Vaccination report Assam 1896-1927 - 1896-1927
Year: 1896
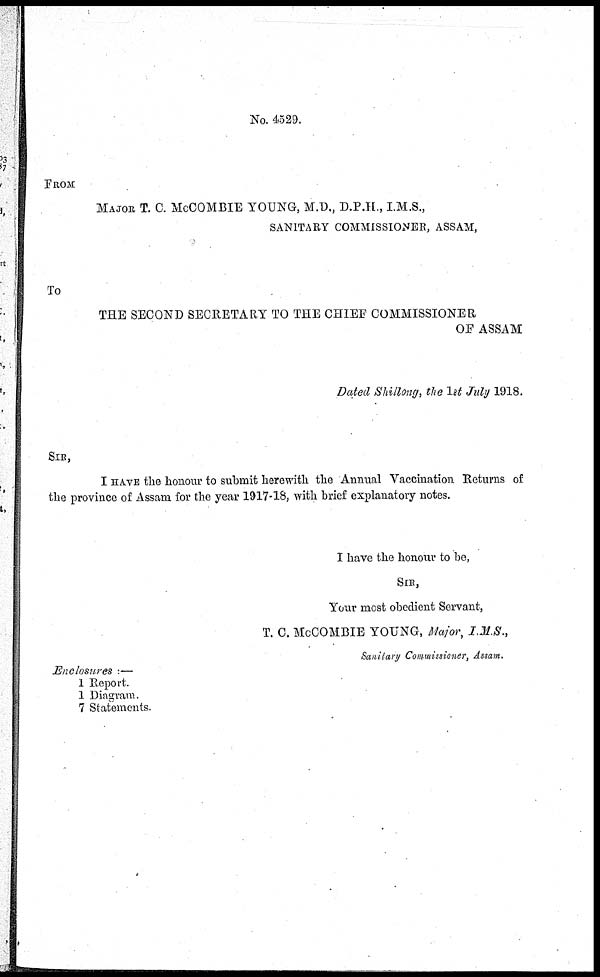
No. 4529.
FROM
MAJOR T. C. McCOMBIE YOUNG, M.D.,D.P.H., I.M.S.,
SANITARY COMMISSIONER, ASSAM,
To
THE SECOND SECRETARY TO THE CHIEF COMMISSIONER
OF ASSAM
Dated Shillong, the 1st July 1918.
SIR,
I HAVE the honour to submit herewith the Annual Vaccination Returns of
the province of Assam for the year 1917-18, with brief explanatory notes.
I have the honour to be,
SIR,
Your most obedient Servant,
T. C. McCOMBIE YOUNG, Major, I.M.S.,
Sanitary Commissioner, Assam,.
Enclosures :—
1 Report.
1 Diagram.
7 Statements.